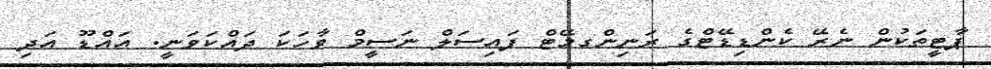
ޕާޓީތަކުން ނެރޭ ކެންޑިޑޭޓްގެ ރަނިންގމޭޓް ފައިސަލް ނަސީމް ވާހަކަ ދައްކަވަނީ. އައްޑޫ އަދި